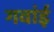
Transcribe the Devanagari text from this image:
गवांई